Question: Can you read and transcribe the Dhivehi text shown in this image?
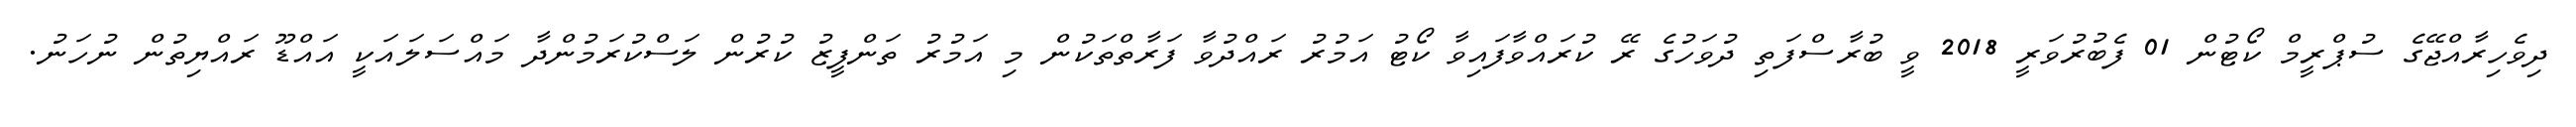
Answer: ދިވެހިރާއްޖޭގެ ސުޕްރީމް ކޯޓުން 01 ފެބުރުވަރީ 2018 ވީ ބުރާސްފަތި ދުވަހުގެ ރޭ ކުރައްވާފައިވާ ކޯޓު އަމުރު ރައްދުވާ ފަރާތްތަކުން މި އަމުރު ތަންފީޒު ކުރުން ލަސްކުރަމުންދާ މައްސަލައަކީ އައްޑޫ ރައްޔިތުން ނުހަނު.